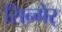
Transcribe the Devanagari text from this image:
सिन्गेर्